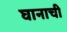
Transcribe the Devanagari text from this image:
घानाची